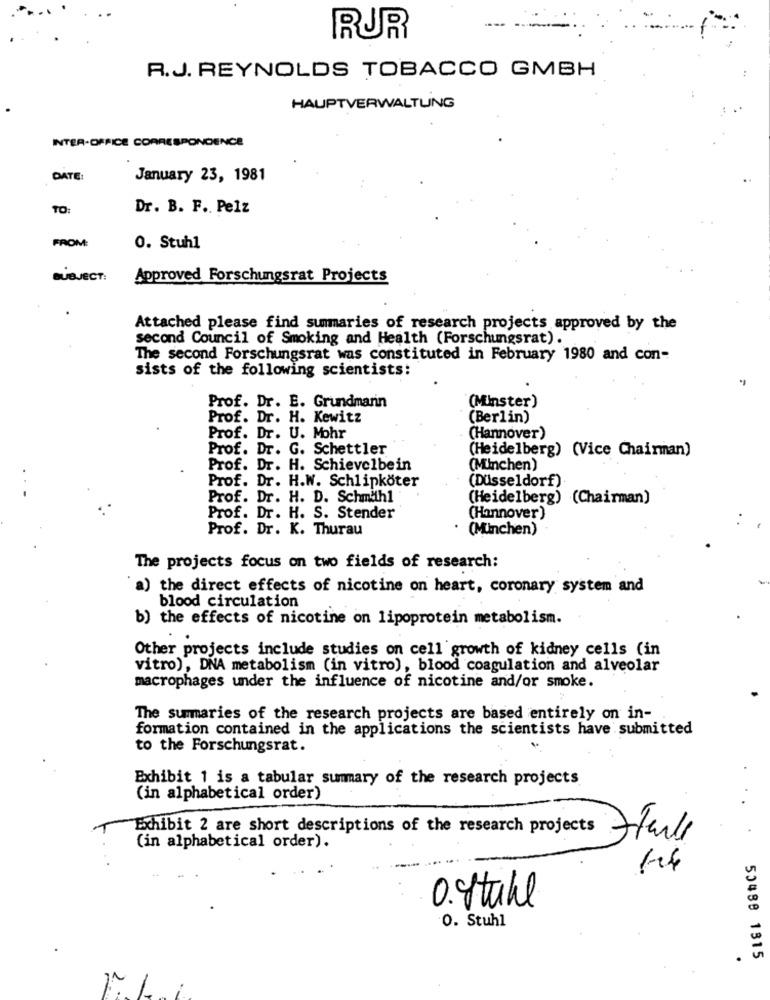
RUR
R.J. REYNOLDS TOBACCO GMBH
HAUPTVERWALTUNG
INTER-OFFICE CORRESPONDENCE
DATE:
January 23, 1981
TO:
Dr. B. F. Pelz
FROM:
0. Stuhl
SUBJECT:
Approved Forschungsrat Projects
Attached please find summaries of research projects approved by the
second Council of Smoking and Health (Forschungsrat).
The second Forschungsrat was constituted in February 1980 and con-
sists of the following scientists:
Prof. Dr. E. Grundmann
(Minster)
Prof. Dr. H. Kewitz
(Berlin)
Prof. Dr. U. Mohr
(Hannover)
Prof. Dr. G. Schettler
(Heidelberg) (Vice Chairman)
Prof. Dr. H. Schievelbein
(München)
Prof. Dr. H.W. Schlipköter
(Düsseldorf).
Prof. Dr. H. D. Schmihl
(Heidelberg) (Chairman)
Prof. Dr. H. S. Stender
(Hannover)
Prof. Dr. K. Thurau
(München)
The projects focus on two fields of research:
a) the direct effects of nicotine on heart, coronary system and
blood circulation
b) the effects of nicotine on lipoprotein metabolism.
Other projects include studies on cell growth of kidney cells (in
vitro), DNA metabolism (in vitro), blood coagulation and alveolar
macrophages under the influence of nicotine and/or smoke.
The summaries of the research projects are based entirely on in-
formation contained in the applications the scientists have submitted
to the Forschungsrat.
Exhibit 1 is a tabular summary of the research projects
(in alphabetical order)
Exhibit 2 are short descriptions of the research projects
(in alphabetical order).
0. Stuhl
0. Stuhl
50488 1315